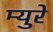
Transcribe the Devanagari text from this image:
म्‍युरे